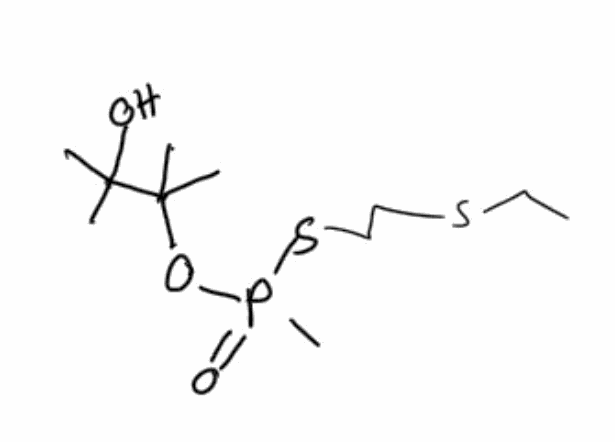
Simplified molecular-input line-entry system (SMILES) notation of the given molecule:
CCSCCSP(=O)(C)OC(C)(C)C(C)(C)O